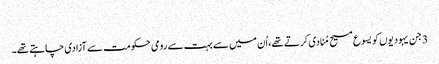
‏
3 جن یہودیوں کو یسوع مسیح مُنادی کرتے تھے،‏ اُن میں سے بہت سے رومی حکومت سے آزادی چاہتے تھے۔